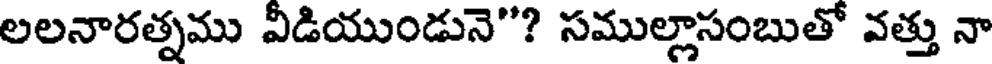
లలనారత్నము వీడియుండునె"? సముల్లాసంబుతో వత్తు నా